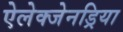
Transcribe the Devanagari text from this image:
ऐलेक्जेनड्रिया